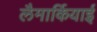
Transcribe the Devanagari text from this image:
लैमार्कियाई